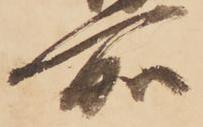
所